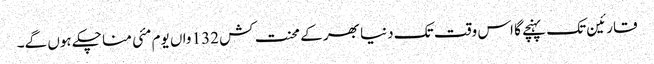
قارئین تک پہنچے گا اس وقت تک دنیا بھر کے محنت کش 132 واں یوم مئی منا چکے ہوں گے۔